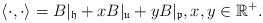
LaTeX: \begin{align*}\langle\cdot,\cdot\rangle=B|_{\mathfrak h}+xB|_{\mathfrak u}+yB|_{\mathfrak p},x,y\in\mathbb R^+.\end{align*}